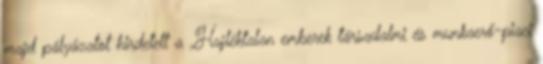
majd pályázatot hirdetett a „Hajléktalan emberek társadalmi és munkaerő-piaci